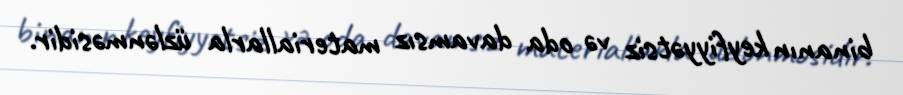
binanın keyfiyyətsiz və oda davamsız materiallarla üzlənməsidir.